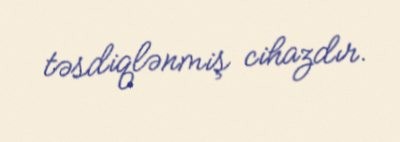
təsdiqlənmiş cihazdır.